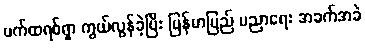
ပက်ထရစ်ရှာ ကွယ်လွန်ခဲ့ပြီး မြန်မာပြည် ပညာရေး အခက်အခဲ